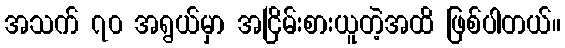
အသက် ၇၀ အရွယ်မှာ အငြိမ်းစားယူတဲ့အထိ ဖြစ်ပါတယ်။